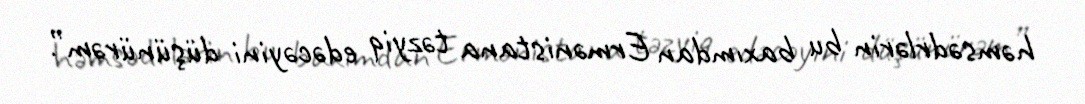
həmsədrlərin bu baxımdan Ermənistana təzyiq edəcəyini düşünürəm”.